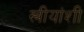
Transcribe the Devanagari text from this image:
स्त्रीयांशी